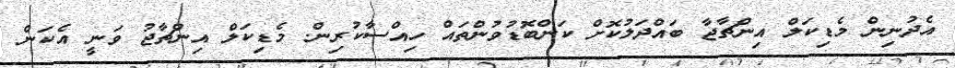
އެދުނިން މެޑިކަލް އިންޗާޖާ ބައްދަލުކޮށް ކަންބޮޑުވުންތައް ހިއްސާކުރިން. މެޑިކަލް އިންޗާޖު ވަނީ އެކަން